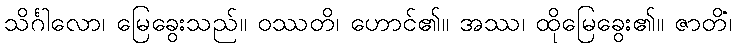
သိင်္ဂါလော၊ မြေခွေးသည်။ ဝဿတိ၊ ဟောင်၏။ အဿ၊ ထိုမြေခွေး၏။ ဇာတိံ၊